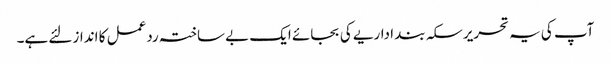
آپ کی یہ تحریر سکہ بند اداریے کی بجائے ایک بے ساختہ ردعمل کا انداز لئے ہے۔